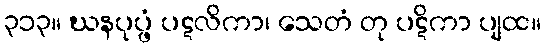
၃၁၃။ ဃနပုပ္ဖံ ပဋလိကာ၊ သေတံ တု ပဋိကာ ပျထ။